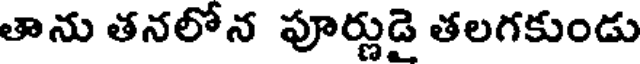
తాను తనలోన పూర్ణుడై తలగకుండు